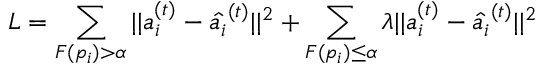
L = \sum _ { F ( p _ { i } ) > \alpha } | | a _ { i } ^ { ( t ) } - \hat { a _ { i } } ^ { ( t ) } | | ^ { 2 } + \sum _ { F ( p _ { i } ) \leq \alpha } \lambda | | a _ { i } ^ { ( t ) } - \hat { a _ { i } } ^ { ( t ) } | | ^ { 2 }